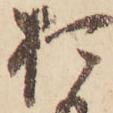
お